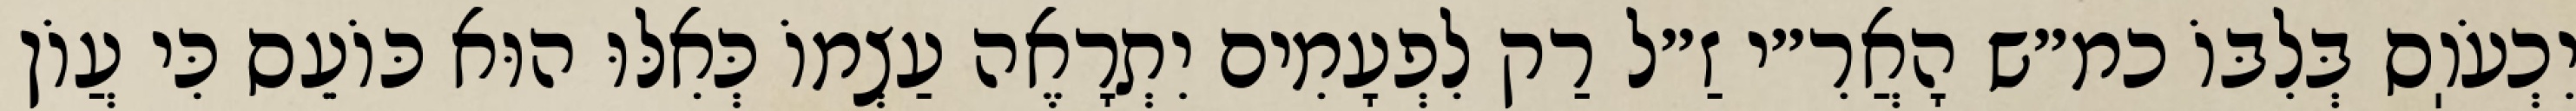
יִכְעֹוֽס בְּלִבּוֹ כמ״ש הָאֲרִ״י זַ״ל רַק לִפְעָמִים יִתְרָאֶה עַצְמוֹ כְּאִלּוּ הוּא כּוֹעֵס כִּי עֲוֹן